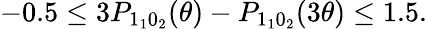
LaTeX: \begin{array}{r}{-0.5\leq 3P_{1_{1}0_{2}}(\theta)-P_{1_{1}0_{2}}(3\theta)\leq 1.5.}\end{array}